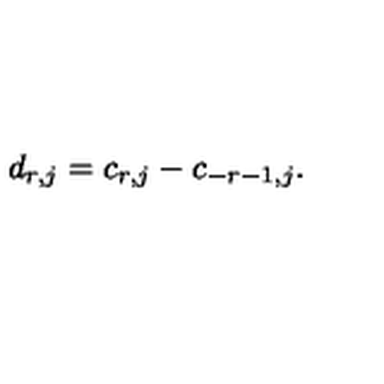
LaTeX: d _ { r , j } = c _ { r , j } - c _ { - r - 1 , j } .